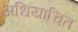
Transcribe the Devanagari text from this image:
अधियाचित